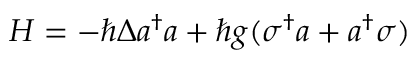
H = - \hbar \Delta a ^ { \dagger } a + \hbar g ( \sigma ^ { \dagger } a + a ^ { \dagger } \sigma )